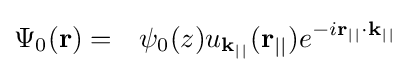
{\begin{aligned}\Psi _{0}({\textbf {r}})&=&\psi _{0}(z)u_{{\textbf {k}}_{||}}({\textbf {r}}_{||})e^{-i{\textbf {r}}_{||}\cdot {\textbf {k}}_{||}}\end{aligned}}